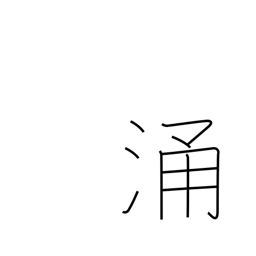
Meaning: seethe